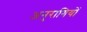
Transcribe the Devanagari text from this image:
अनुरागियों